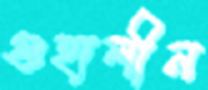
গুহালীন